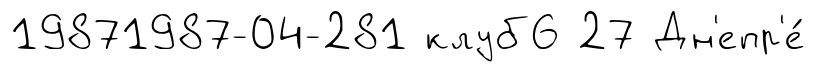
19871987-04-281 клуб6 27 Дн'епр'е́